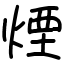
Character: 煙